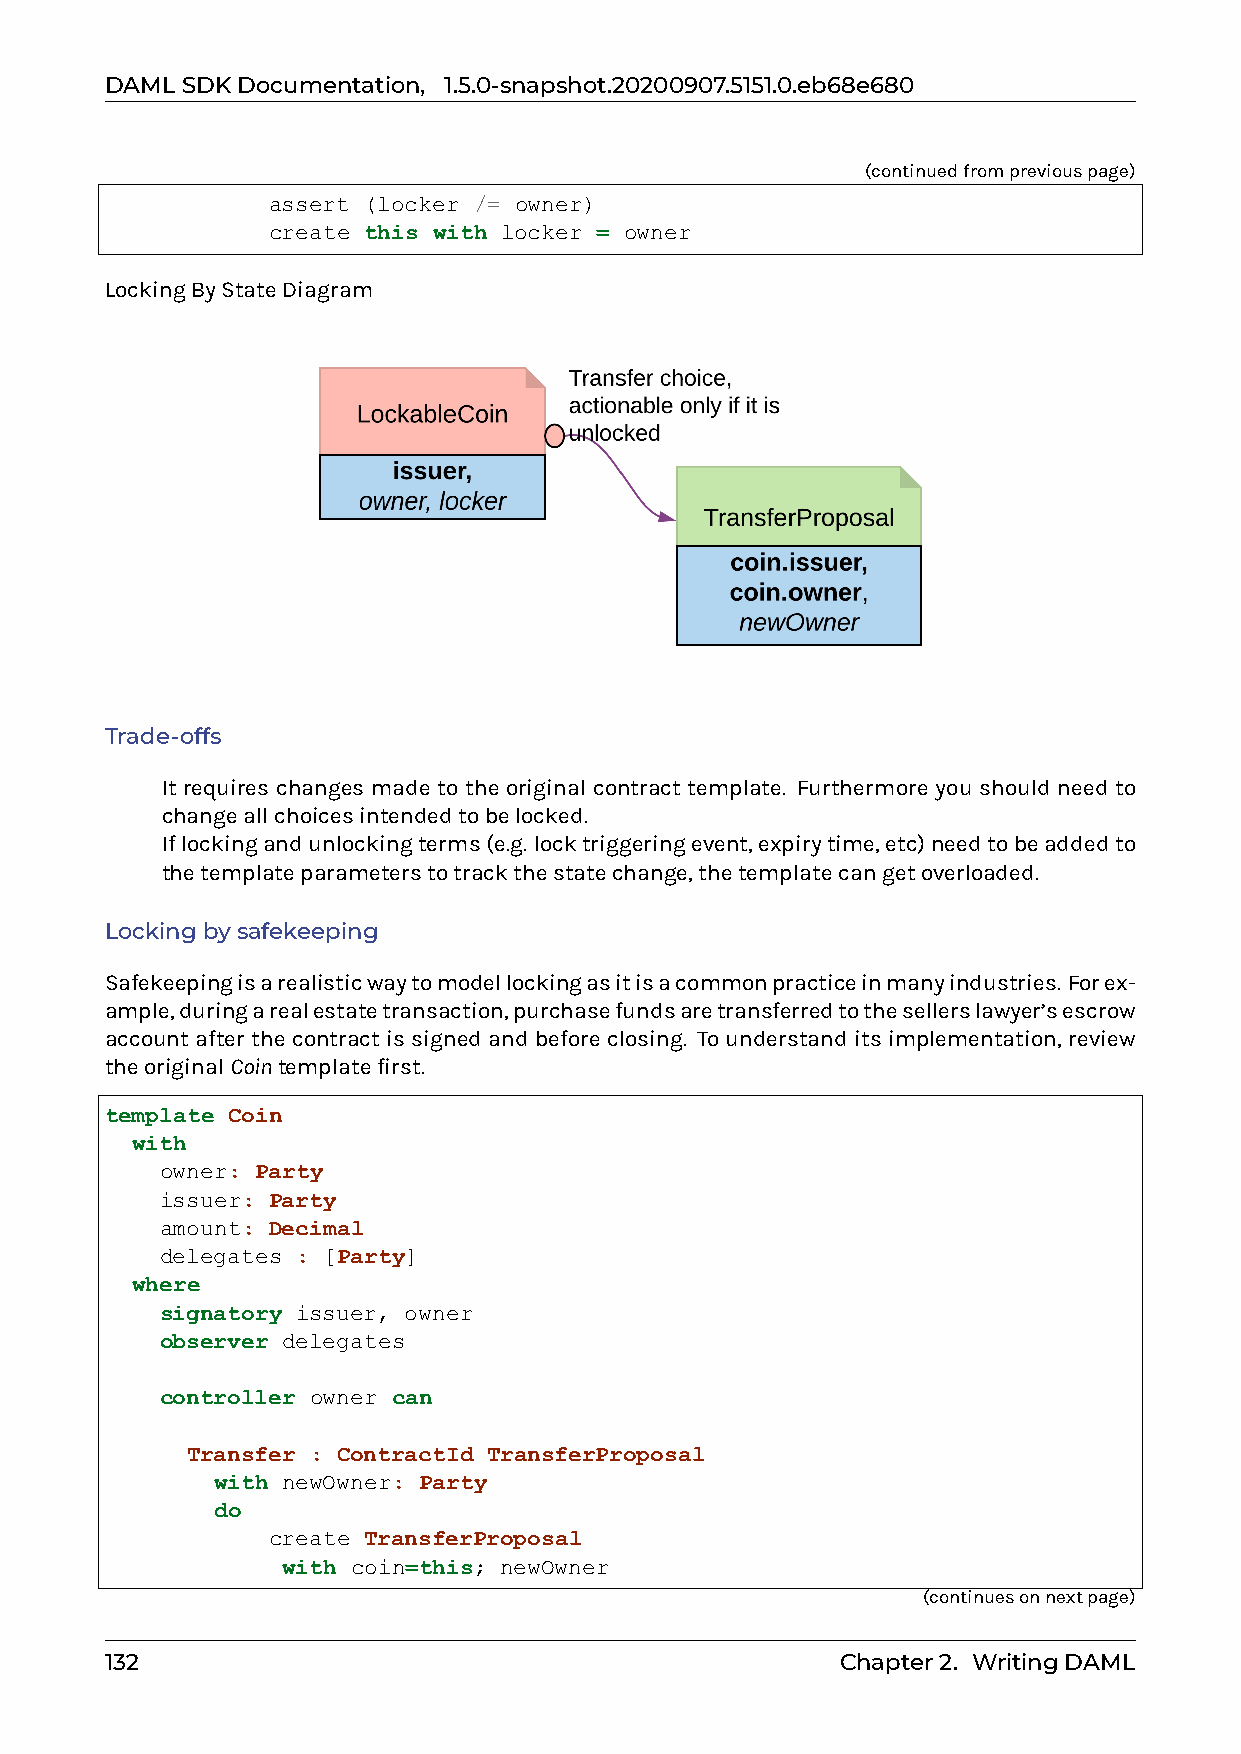
DAMLSDKDocumentation, 1.5.0-snapshot.20200907.5151.0.eb68e680
 (continuedfrompreviouspage)
 assert (locker /= owner)
 create this with locker = owner
 LockingByStateDiagram
 Trade-offs
 0 It requires changes made to the original contract template. Furthermore you should need to
 changeallchoicesintendedtobelocked.
 0 Iflockingandunlockingterms(e.g. locktriggeringevent,expirytime,etc)needtobeaddedto
 thetemplateparameterstotrackthestatechange,thetemplatecangetoverloaded.
 Lockingbysafekeeping
 Safekeepingisarealisticwaytomodellockingasitisacommonpracticeinmanyindustries. Forex-
 ample,duringarealestatetransaction,purchasefundsaretransferredtothesellerslawyer’sescrow
 account after the contract is signed and before closing. To understand its implementation, review
 theoriginalCointemplatefirst.
 template Coin
 with
 owner: Party
 issuer: Party
 amount: Decimal
 delegates : [Party]
 where
 signatory issuer, owner
 observer delegates
 controller owner can
 Transfer : ContractId TransferProposal
 with newOwner: Party
 do
 create TransferProposal
 with coin=this; newOwner
 (continuesonnextpage)
 132                                              Chapter2. WritingDAML